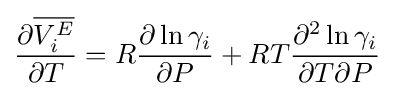
{\frac {\partial {\overline {V_{i}^{E}}}}{\partial T}}=R{\frac {\partial \ln \gamma _{i}}{\partial P}}+RT{\frac {\partial ^{2}\ln \gamma _{i}}{\partial T\partial P}}